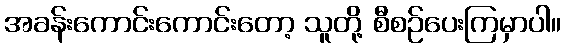
အခန်းကောင်းကောင်းတော့ သူတို့ စီစဉ်ပေးကြမှာပါ။